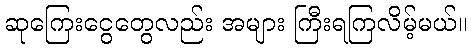
ဆုကြေးငွေတွေလည်း အများ ကြီးရကြလိမ့်မယ်။